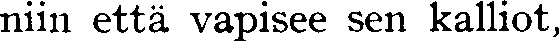
niin että vapisee sen kalliot,